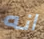
انه